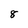
Character: 8